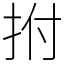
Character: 拊